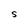
Character: S